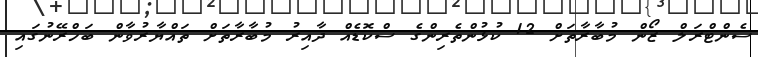
ސެންޓްރަލް ޒޯން މުބާރާތަށް 12 ކުޅުންތެރިންގެ ސްކޮޑެއް ދާއިރު މުބާރާތަށް ތައްޔާރުވާން ބަހްރޭނުގައި